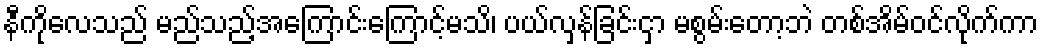
နီကိုလေသည် မည်သည့်အကြောင်းကြောင့်မသိ၊ ပယ်လှန်ခြင်းငှာ မစွမ်းတော့ဘဲ တစ်အိမ်ဝင်လိုက်ကာ